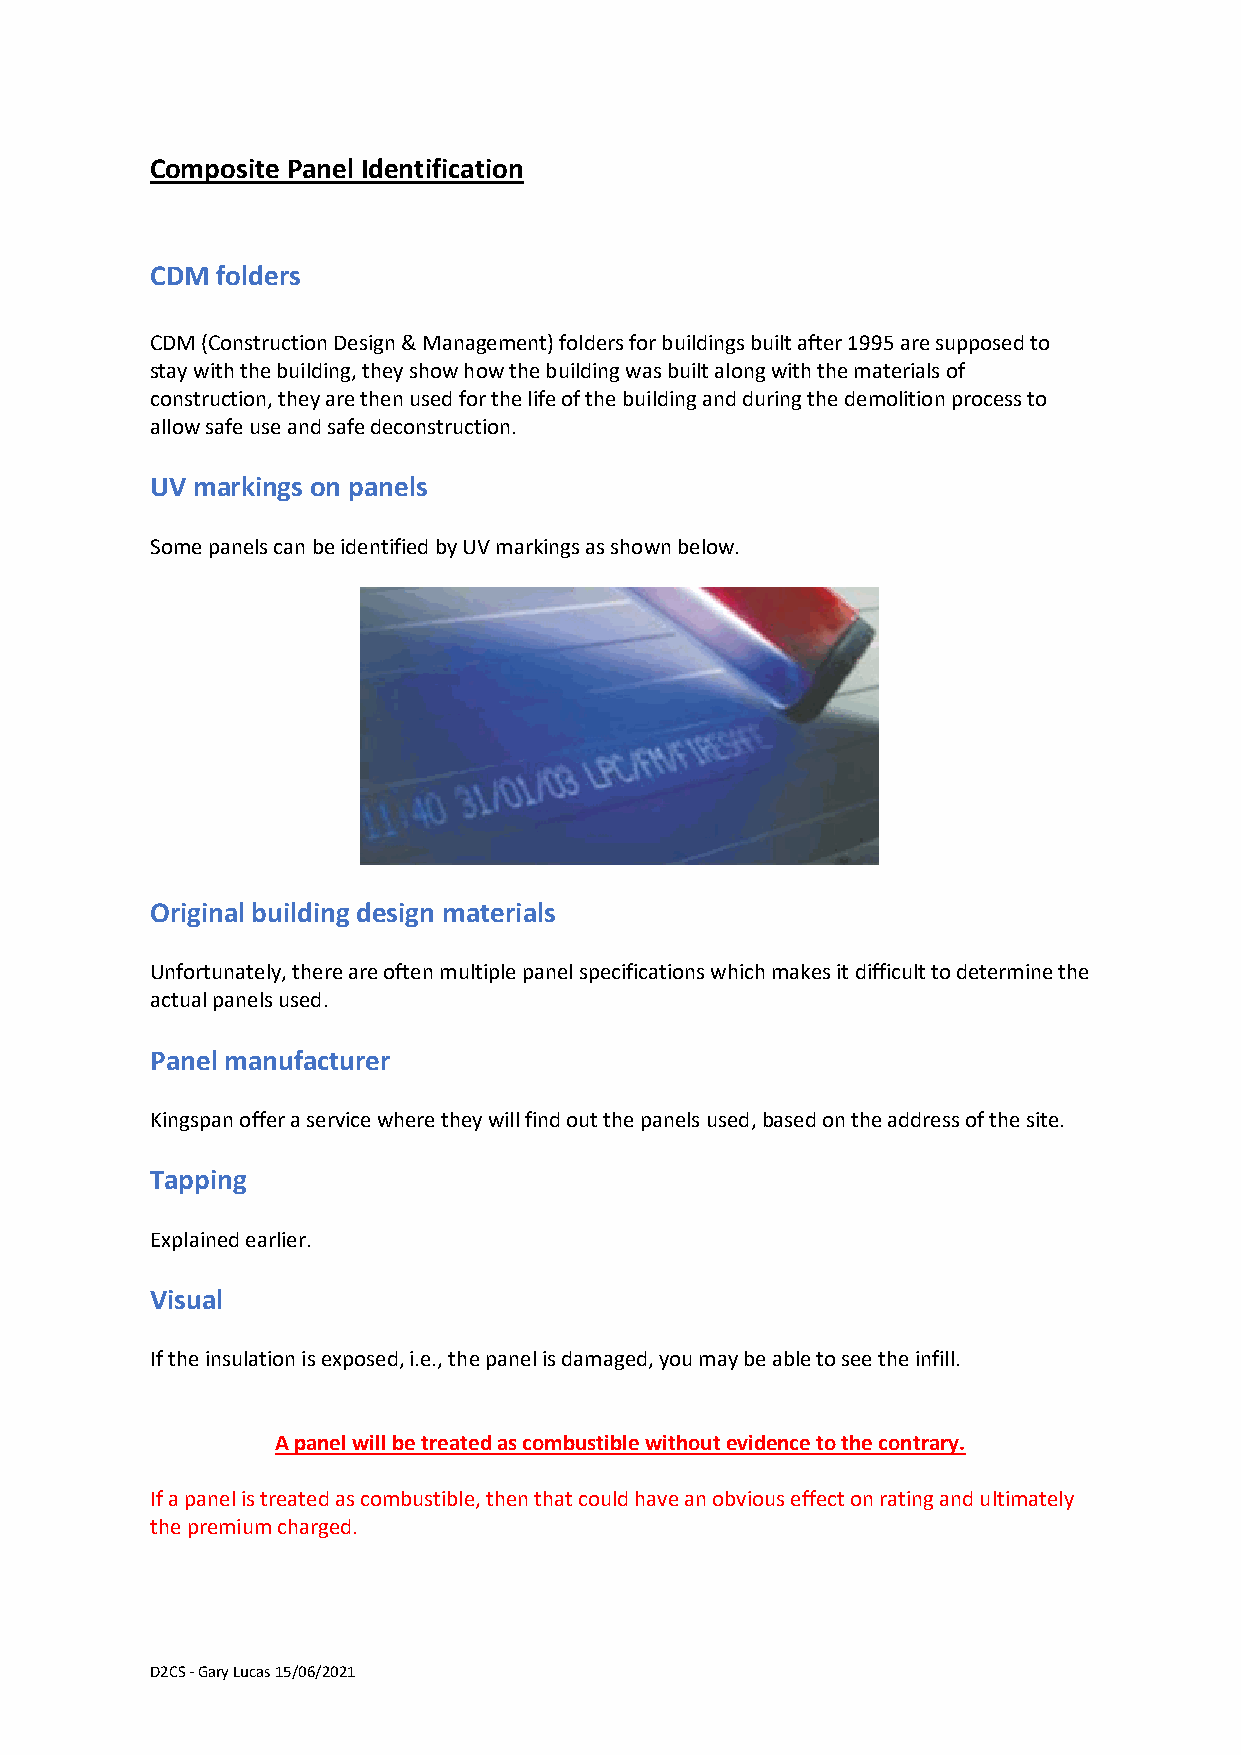
Composite Panel Identification
 CDM folders
 CDM (Construction Design & Management) folders for buildings built after 1995 are supposed to
 stay with the building, they show how the building was built along with the materials of
 construction, they are then used for the life of the building and during the demolition process to
 allow safe use and safe deconstruction.
 UV markings on panels
 Some panels can be identified by UV markings as shown below.
 Original building design materials
 Unfortunately, there are often multiple panel specifications which makes it difficult to determine the
 actual panels used.
 Panel manufacturer
 Kingspan offer a service where they will find out the panels used, based on the address of the site.
 Tapping
 Explained earlier.
 Visual
 If the insulation is exposed, i.e., the panel is damaged, you may be able to see the infill.
 A panel will be treated as combustible without evidence to the contrary.
 If a panel is treated as combustible, then that could have an obvious effect on rating and ultimately
 the premium charged.
 D2CS - Gary Lucas 15/06/2021